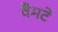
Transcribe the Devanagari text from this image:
वैमटे